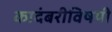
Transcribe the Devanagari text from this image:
कादंबरीविषयी